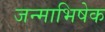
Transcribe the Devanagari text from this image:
जन्माभिषेक